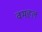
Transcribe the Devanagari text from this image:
वमहल